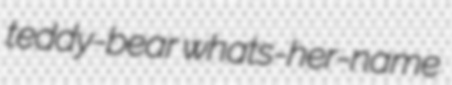
teddy-bear whats-her-name